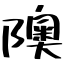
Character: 隩